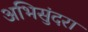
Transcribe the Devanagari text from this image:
अभिसुंदरा